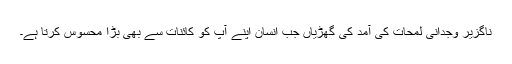
ناگزیر وجدانی لمحات کی آمد کی گھڑیاں جب انسان اپنے آپ کو کائنات سے بھی بڑا محسوس کرتا ہے۔